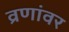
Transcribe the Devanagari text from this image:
व्रणांवर